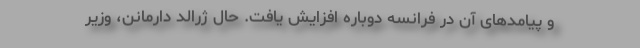
و پیامدهای آن در فرانسه دوباره افزایش یافت. حال ژرالد دارمانن، وزیر